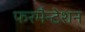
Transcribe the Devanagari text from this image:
फरमैन्टेशन